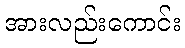
အားလည်းကောင်း